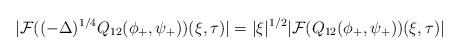
LaTeX: \begin{align*}& |\mathcal{F}((-\Delta)^{1/4} Q_{12}(\phi_+,\psi_+))(\xi,\tau)| = |\xi|^{1/2} |\mathcal{F}(Q_{12}(\phi_+,\psi_+))(\xi,\tau)| \end{align*}